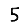
Digit: 5